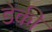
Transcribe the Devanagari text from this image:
डेकी